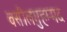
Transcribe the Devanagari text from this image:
वसीलमुहम्मद